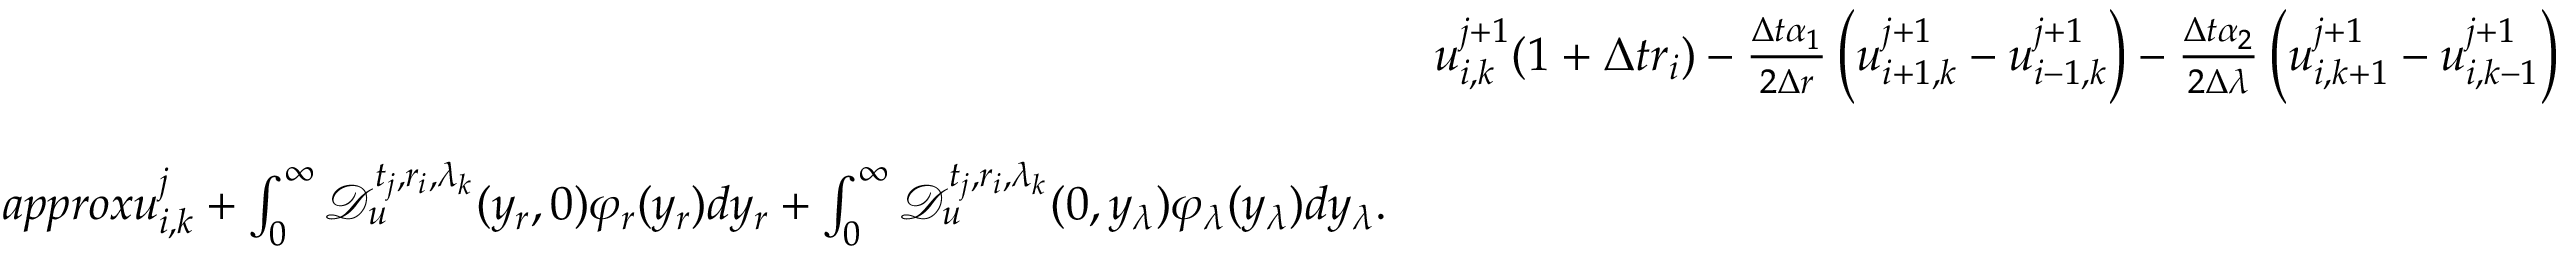
\begin{array} { r l } & { u _ { i , k } ^ { j + 1 } ( 1 + \Delta t r _ { i } ) - \frac { \Delta t \alpha _ { 1 } } { 2 \Delta r } \left( u _ { i + 1 , k } ^ { j + 1 } - u _ { i - 1 , k } ^ { j + 1 } \right) - \frac { \Delta t \alpha _ { 2 } } { 2 \Delta \lambda } \left( u _ { i , k + 1 } ^ { j + 1 } - u _ { i , k - 1 } ^ { j + 1 } \right) } \\ & { \ \ } \\ { a p p r o x u _ { i , k } ^ { j } + \int _ { 0 } ^ { \infty } \mathcal { D } _ { u } ^ { t _ { j } , r _ { i } , \lambda _ { k } } ( y _ { r } , 0 ) \varphi _ { r } ( y _ { r } ) d y _ { r } + \int _ { 0 } ^ { \infty } \mathcal { D } _ { u } ^ { t _ { j } , r _ { i } , \lambda _ { k } } ( 0 , y _ { \lambda } ) \varphi _ { \lambda } ( y _ { \lambda } ) d y _ { \lambda } . } \end{array}